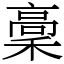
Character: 稾